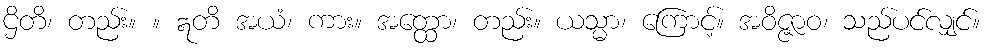
ဌိတိ၊ တည်း။ ။ ဣတိ အယံ၊ ကား။ အတ္ထော၊ တည်း။ ယသ္မာ၊ ကြောင့်။ အဝိဇ္ဇာဝ၊ သည်ပင်လျှင်။